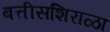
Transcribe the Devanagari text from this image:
बत्तीसशिराळा